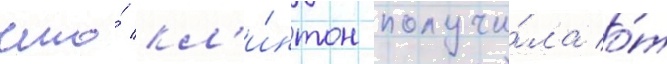
что́ кл'и́нтон получи́ла о́т